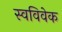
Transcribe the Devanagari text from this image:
स्‍वविवेक